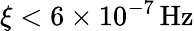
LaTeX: \xi<6\times 10^{-7}\mathrm{\, Hz}